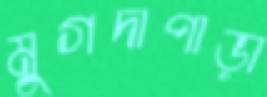
মুগদাপাড়া